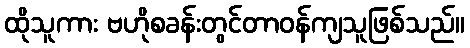
ထိုသူကား ဗဟိုစခန်းတွင်တာဝန်ကျသူဖြစ်သည်။